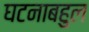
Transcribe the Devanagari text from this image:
घटनाबहुल